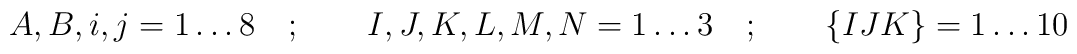
A,B,i,j = 1 \ldots 8 \quad ; \qquad  I,J,K,L,M,N = 1 \ldots 3\quad ; \qquad  \{ IJK \} = 1 \ldots 10